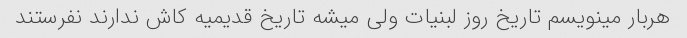
هربار مینویسم تاریخ روز لبنیات ولی میشه تاریخ قدیمیه کاش ندارند نفرستند